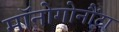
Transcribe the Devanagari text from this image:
मॉनोगोनौंटा